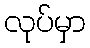
လုပ်မှာ